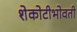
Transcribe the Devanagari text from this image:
शेकोटीभोवती